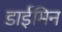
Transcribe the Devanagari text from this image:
डाईमिन